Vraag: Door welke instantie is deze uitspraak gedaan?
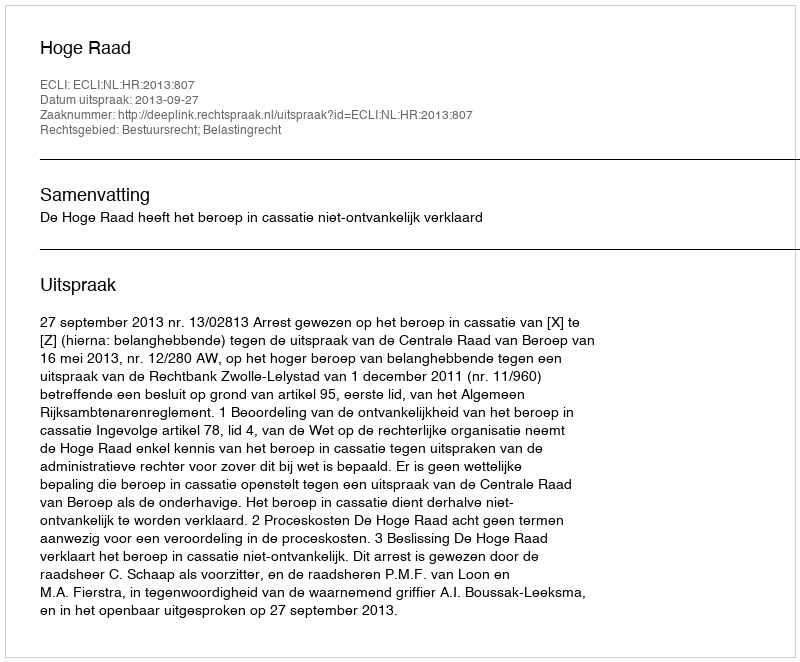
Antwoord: Hoge Raad